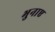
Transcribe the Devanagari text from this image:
भुनाए